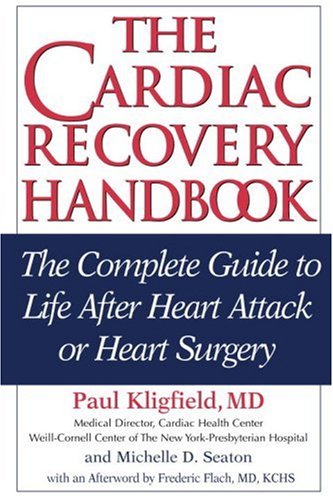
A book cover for The Cardiac Recovery Handbook: The Complete Guide to Life After Heart Attack or Heart Surgery, Second Edition; Paul Kligfield M.D.; Health, Fitness & Dieting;